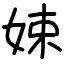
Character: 娕